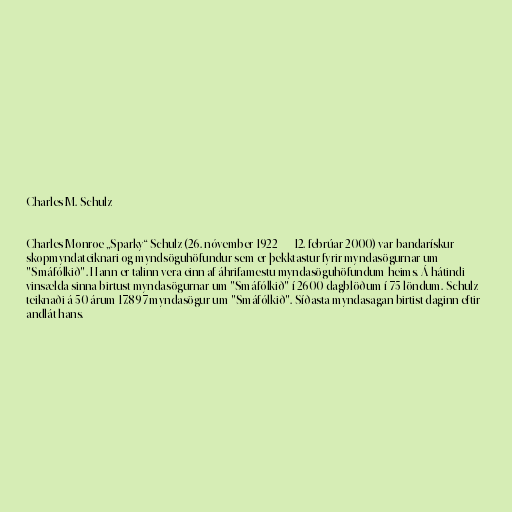
Charles M. Schulz

Charles Monroe „Sparky“ Schulz (26. nóvember 1922 — 12. febrúar 2000) var bandarískur
skopmyndateiknari og myndsöguhöfundur sem er þekktastur fyrir myndasögurnar um
"Smáfólkið". Hann er talinn vera einn af áhrifamestu myndasöguhöfundum heims. Á hátindi
vinsælda sinna birtust myndasögurnar um "Smáfólkið" í 2600 dagblöðum í 75 löndum. Schulz
teiknaði á 50 árum 17.897 myndasögur um "Smáfólkið". Síðasta myndasagan birtist daginn eftir
andlát hans.